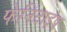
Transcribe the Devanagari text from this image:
फेनिटाइप